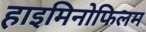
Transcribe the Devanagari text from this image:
हाइमिनोफिलम